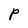
Character: P